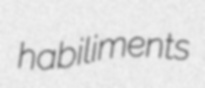
habiliments